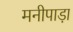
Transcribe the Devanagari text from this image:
मनीपाड़ा